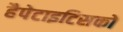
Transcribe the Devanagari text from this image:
हैपेटाइटिसको